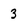
Character: 3